Report of the Indian Hemp Drugs Commission, 1894-1895 - Volume V
Year: 1894
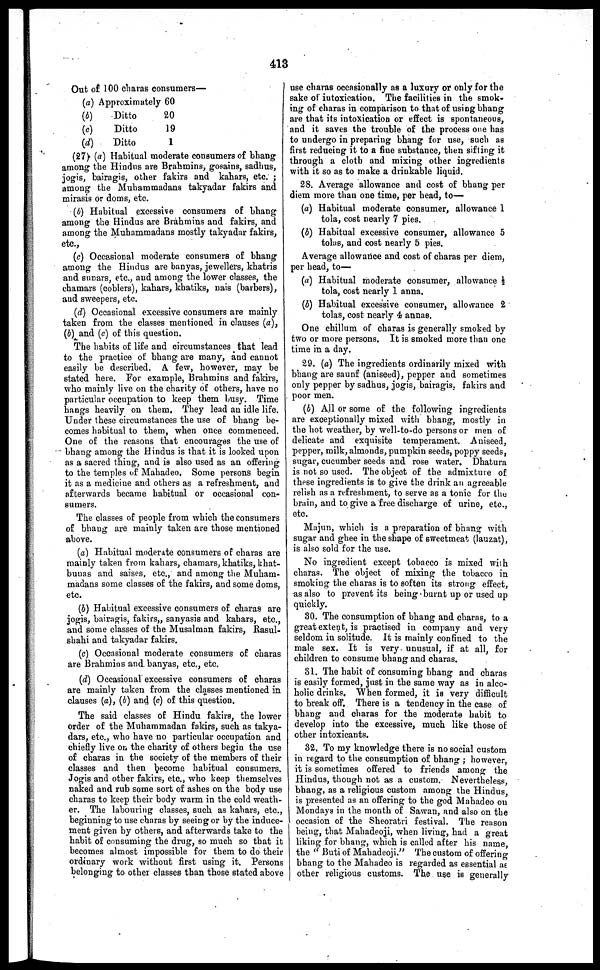
413
Out of 100 charas consumers—
(a)
(b)
(c)
(d)
Approximately
Ditto
Ditto
Ditto
60
20
19
1
(27) (a) Habitual moderate consumers of bhang
among the Hindus are Brahmins, gosains, sadhus,
jogis, bairagis, other fakirs and kahars, etc.;
among the Muhammadans takyadar fakirs and
mirasis or doms, etc.
(b) Habitual excessive consumers of bhang
among the Hindus are Brahmins and fakirs, and
among the Muhammadans mostly takyadar fakirs,
etc.,
(c) Occasional moderate consumers of bhang
among the Hindus are banyas, jewellers, khatris
and sunars, etc., and among the lower classes, the
chamars (coblers), kahars, khatiks, nais (barbers),
and sweepers, etc.
(d) Occasional excessive consumers are mainly
taken from the classes mentioned in clauses (a),
(b) and (c) of this question.
The habits of life and circumstances that lead
to the practice of bhang are many, and cannot
easily be described. A few, however, may be
stated here. For example, Brahmins and fakirs,
who mainly live on the charity of others, have no
particular occupation to keep them busy. Time
hangs heavily on them. They lead an idle life.
Under these circumstances the use of bhang be-
comes habitual to them, when once commenced.
One of the reasons that encourages the use of
bhang among the Hindus is that it is looked upon
as a sacred thing, and is also used as an offering
to the temples of Mahadeo. Some persons begin
it as a medicine and others as a refreshment, and
afterwards became habitual or occasional con-
sumers.
The classes of people from which the consumers
of bhang are mainly taken are those mentioned
above.
(a) Habitual moderate consumers of charas are
mainly taken from kahars, chamars, khatiks, khat-
bunas and saises, etc., and among the Muham-
madans some classes of the fakirs, and some doms,
etc.
(5) Habitual excessive consumers of charas are
jogis, bairagis, fakirs,, sanyasis and kahars, etc.,
and some classes of the Musalman fakirs, Rasul-
shahi and takyadar fakirs.
(c) Occasional moderate consumers of charas
are Brahmins and banyas, etc., etc.
(d) Occasional excessive consumers of charas
are mainly taken from the classes mentioned in
clauses (a), (b) and (c) of this question.
The said classes of Hindu fakirs, the lower
order of the Muhammadan fakirs, such as takya-
dars, etc., who have no particular occupation and
chiefly live on the charity of others begin the use
of charas in the society of the members of their
classes and then become habitual consumers.
Jogis and other fakirs, etc., who keep themselves
naked and rub some sort of ashes on the body use
charas to keep their body warm in the cold weath-
er. The labouring classes, such as kahars, etc.,
beginning to use charas by seeing or by the induce-
ment given by others, and afterwards take to the
habit of consuming the drug, so much so that it
becomes almost impossible for them to do their
ordinary work without first using it. Persons
belonging to other classes than those stated above
use charas occasionally as a luxury or only for the
sake of intoxication. The facilities in the smok-
ing of charas in comparison to that of using bhang
are that its intoxication or effect is spontaneous,
and it saves the trouble of the process one has
to undergo in preparing bhang for use, such as
first reducing it to a fine substance, then sifting it
through a cloth and mixing other ingredients
with it so as to make a drinkable liquid.
28. Average allowance and cost of bhang per
diem more than one time, per head, to—
(a) Habitual moderate consumer, allowance 1
tola, cost nearly 7 pies.
(b) Habitual excessive consumer, allowance 5
tolas, and cost nearly 5 pies.
Average allowance and cost of charas per diem,
per head, to—
(a) Habitual moderate consumer, allowance ½
tola, cost nearly 1 anna.
(b) Habitual excessive consumer, allowance 2
tolas, cost nearly 4 annas.
One chillum of charas is generally smoked by
two or more persons. It is smoked more than one
time in a day.
29. (a) The ingredients ordinarily mixed with
bhang are saunf (aniseed), pepper and sometimes
only pepper by sadhus, jogis, bairagis. fakirs and
poor men.
(b) All or some of the following ingredients
are exceptionally mixed with bhang, mostly in
the hot weather, by Well-to-do persons or men of
delicate and exquisite temperament. Aniseed,
pepper, milk, almonds, pumpkin seeds, poppy seeds,
sugar, cucumber seeds and rose water. Dhatura
is not so used. The object of the admixture of
these ingredients is to give the drink an agreeable
relish as a refreshment, to serve as a tonic for the
brain, and to give a free discharge of urine, etc.,
etc
Majun, which is a preparation of bhang with
sugar and ghee in the shape of sweetmeat (lauzat),
is also sold for the use.
No ingredient except tobacco is mixed with
charas. The object of mixing the tobacco in
smoking the charas is to soften its strong effect,
as also to prevent its being burnt up or used up
quickly.
30. The consumption of bhang and charas, to a
great extent, is practised in company and very
seldom in solitude. It is mainly confined to the
male sex. It is very unusual, if at all, for
children to consume bhang and charas.
31. The habit of consuming bhang and charas
is easily formed, just in the same way as in alco-
holic drinks. When formed, it is very difficult
to break off. There is a tendency in the case of
bhang and charas for the moderate habit to
develop into the excessive, much like those of
other intoxicants.
32. To my knowledge there is no social custom
in regard to the consumption of bhang; however,
it is sometimes offered to friends among the
Hindus, though not as a custom. Nevertheless,
bhang, as a religious custom among the Hindus
is presented as an offering to the god Mahadeo on
Mondays in the month of Sawan, and also on the
occasion of the Sheoratri festival. The reason
being, that Mahadeoji, when living, had a great
liking for bhang, which is called after his name,
the "Buti of Mahadeoji." The custom of offering
bhang to the Mahadeo is regarded as essential as
other religious customs. The use is generally